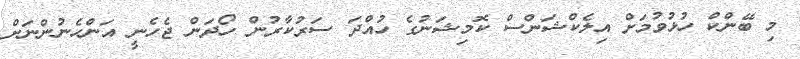
މި ބޭންކް ހުޅުވުމަށް އިލެކްޝަންސް ކޮމިޝަނުގެ ހުއްދަ ސަރުކާރުން ހޯދަން ޖެހެނީ އަންހެނުންނަށް